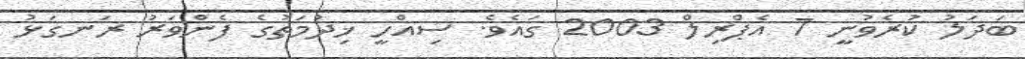
ބަދަލު ކުރެވުނީ 7 އެޕްރިލް 2003 ގައެވެ. ސިއްހީ ޚިދުމަތުގެ ފެންވަރު ރަނގަޅު